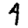
Digit: 4